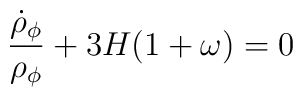
{\dot{\rho}_{\phi} \over \rho_{\phi}}+3H (1+\omega)=0